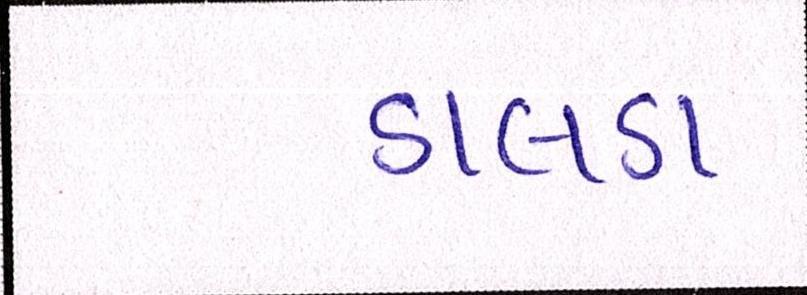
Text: ડાલડા